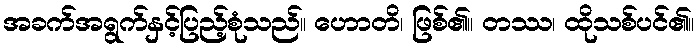
အခက်အရွက်နှင့်ပြည့်စုံသည်။ ဟောတိ၊ ဖြစ်၏။ တဿ၊ ထိုသစ်ပင်၏။